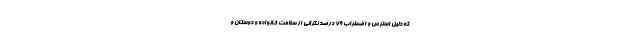
که دلیل استرس و اضطراب ۷۹ درصد نگرانی از سلامت خانواده و دوستان و